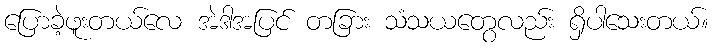
ပြောခဲ့ဖူးတယ်လေ အဲဒါအပြင် တခြား သံသယတွေလည်း ရှိပါသေးတယ်။